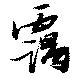
靄